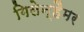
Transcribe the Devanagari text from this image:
गिलेन्हैमर